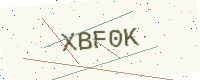
Text: XBF0K